Vital statistics of India. Vol. IV, Annual returns from 1871 to 1876. British Army of India, Native Army and jails of Bengal
Year: 1871
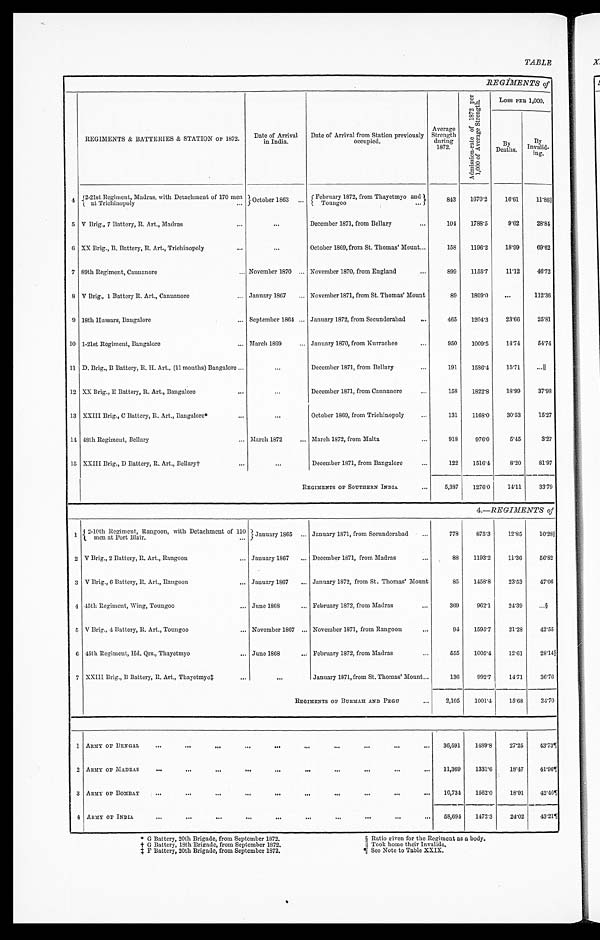
TABLE
REGIMENTS of
REGIMENTS & BATTERIES & STATION OF 1872.
Date of Arrival
in India.
Date of Arrival from Station previously
occupied.
Average
Strength
during
1872.
A d m i s s i o n - r a t e o f 1 8 7 2 p e r 1 , 0 0 0 o f A v e r a g e S t r e n g t h .
Loss PER 1,000.
By Deaths.
By
Invalid-
ing.
4 2-21st Regiment, Madras, with Detachment of 170 men
at Trichinopoly
...
O c t o b e r 1 8 6 3 . . .
February 1872, from Thayetmyo and
Toungoo ...
843
1670.2
16.61 11.86║
5 V Brig., 7 Battery, R. Art., Madras
...
...
December 1871, from Bellary
...
104
1788.5
9.62
28.84
6 XX Brig., B. Battery, R. Art., Trichinopoly
...
...
October 1869, from St. Thomas’ Mount ...
158
1196.2
18.99
69.62
7 89th Regiment, Cannanore
... November 1870... November 1870, from England
...
899
1155.7
11.12
46.72
8 V Brig., 1 Battery R. Art., Cannanore ... January 1867 ... November 1871, from St. Thomas’ Mount
89
1809.0
...
112.36
9 18th Hussars, Bangalore
... September 1864 ... January 1872, from Secunderabad
...
465
1204.3
23.66
25.81
10 1-21st Regiment, Bangalore
... March 1869
... January 1870, from Kurrachee
...
950
1009.5
14.74
54.74
11 D. Brig., B Battery, R. H. Art., (11 months) Bangalore ...
...
December 1871, from Bellary
...
191
1586.4
15.71
...║
12 XX Brig., E Battery, R. Art., Bangalore
...
...
December 1871, from Cannanore
...
158
1822.8
18.99
37.98
13 XXIII Brig., C Battery, R. Art., Bangalore*
...
...
October 1869, from Trichinopoly
...
131
1168.0
30.53
15.27
14 48th Regiment, Bellary
... March 1872
... March 1872, from Malta
...
918
976.0
5.45
3.27
15 XXIII Brig., D Battery, R. Art., Bellary†
...
...
December 1871, from Bangalore
...
122
1516.4
8.20
81.97
REGIMENTS OF SOUTHERN INDIA
...
5,387
1276.0
14.11
33.79
4.—REGIMENTS of
1 2-10th Regiment, Rangoon, with Detachment of 110 men at Port Blair. ... January 1865 ... January 1871, from Secunderabad
...
778
875.3
12.85
10.28║
2 V Brig., 2 Battery, R. Art., Rangoon
... January 1867
... December 1871, from Madras
...
88
1193.2
11.36
56.82
3 V Brig., 6 Battery, R. Art., Rangoon
... January 1867
... January 1872, from St. Thomas’ Mount
85
1458.8
23.53
47.06
4 45th Regiment, Wing, Toungoo
... June 1868 ...
February 1872, from Madras
...
369
962.1
24.39
...§
5 V Brig., 4 Battery, R. Art., Toungoo
... November 1867 ... November 1871, from Rangoon
...
94
1595.7
21.28
42.55
6 45th Regiment, Hd. Qrs., Thayetmyo
... June 1868
... February 1872, from Madras
...
555
1005.4
12.61
28.14
§
7 XXIII Brig., B Battery, R. Art., Thayetmyo‡
...
...
January 1871, from St. Thomas’ Mount ...
136
992.7
14.71
36.76
REGIMENTS OF BURMAH AND PEGU
...
2,105
1001.4
15.68
24.70
1 ARMY OF BENGAL
...
... ...
...
... ... ... ... ... ...
36,591
1489.8
27.25
43.73¶
2 ARMY OF MADRAS
... ... ... ... ... ... ... ... ...
11,369
1331.6
18.47
41.96 ¶
3 ARMY OF BOMBAY
...
...
...
...
...
. . . . . . . . .
10,734
1562.0
18.91
42.46¶
4 ARMY OF INDIA
...
...
...
...
...
...
...
...
...
...
58,694
1472.3
24.02
43.21¶
* G Battery, 20th Brigade, from September 1872. § Ratio given for the Regiment as a body.
† G Battery, 18th Brigade, from September 1872.
║Took home their Invalids.
‡ F Battery, 20th Brigade, from September 1872.
¶ See Note to Table XXIX.